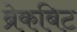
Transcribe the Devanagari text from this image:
ब्रेकबिट